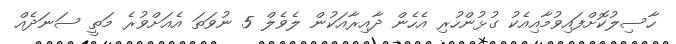
ހާސިލުކޮށްފައިވުމާއިއެކު ގުޅުންހުރި އެހެން ދާއިރާއަކުން ލެވެލް 5 ނުވަތަ އެއަށްވުރެ މަތީ ސަނަދެއް